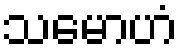
သမောဟံ